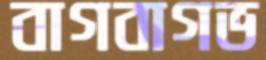
বাগবাগভ